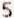
5